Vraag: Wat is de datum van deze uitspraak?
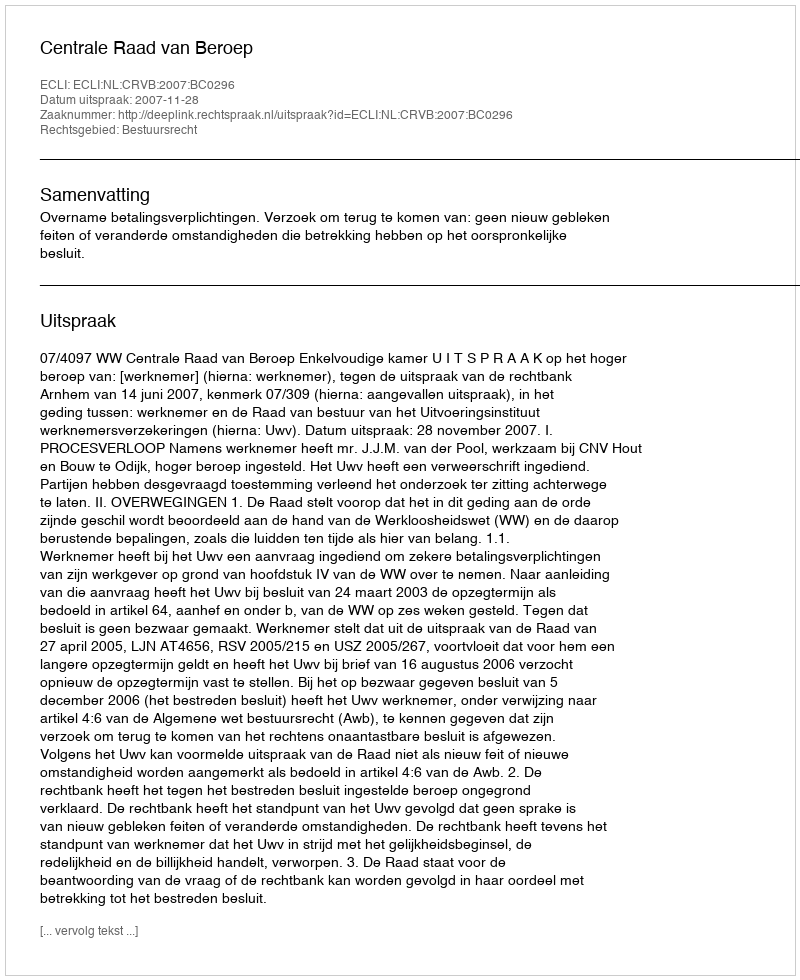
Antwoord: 2007-11-28